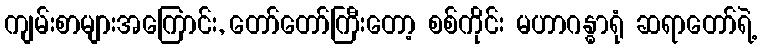
ကျမ်းစာများအကြောင်း, တော်တော်ကြီးတော့ စစ်ကိုင်း မဟာဂန္ဓာရုံ ဆရာတော်ရဲ့